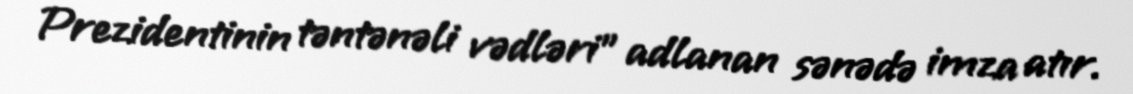
Prezidentinin təntənəli vədləri" adlanan sənədə imza atır.